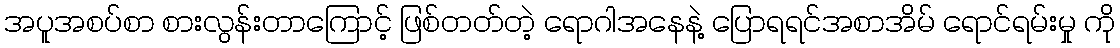
အပူအစပ်စာ စားလွန်းတာကြောင့် ဖြစ်တတ်တဲ့ ရောဂါအနေနဲ့ ပြောရရင်အစာအိမ် ရောင်ရမ်းမှု ကို